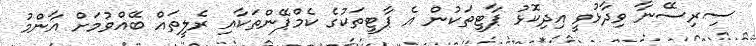
ސިރިސޭނާ ވިދާޅުވީ އިދިކޮޅު ޕާޓީތަކުން އެ ޕާޓީތަކުގެ ކެމްޕޭންތަކާއި ރެލީތައް ބޭއްވުމަށް އާންމު